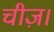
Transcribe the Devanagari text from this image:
चीज़।